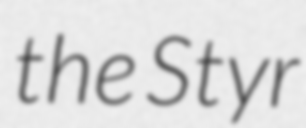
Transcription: the Styr